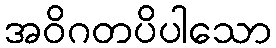
အဝိဂတပိပါသော